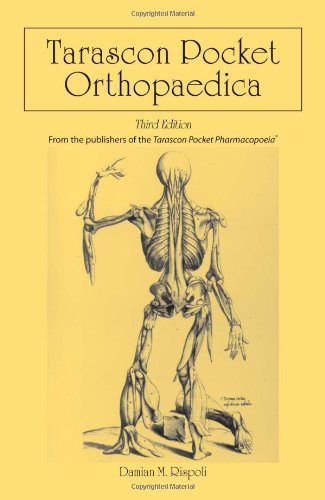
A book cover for Tarascon Pocket Orthopaedica; Dr. Damian M. Rispoli; Medical Books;